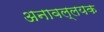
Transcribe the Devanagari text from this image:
अनावल्लयक